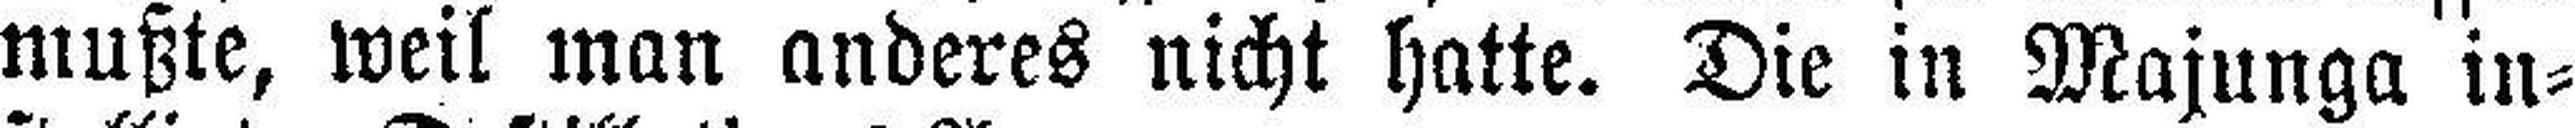
mußte, weil man anderes nicht hatte. Die in Majunga in¬